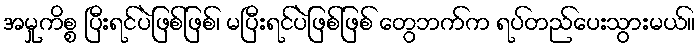
အမှုကိစ္စ ပြီးရင်ပဲဖြစ်ဖြစ်၊ မပြီးရင်ပဲဖြစ်ဖြစ် တွေဘက်က ရပ်တည်ပေးသွားမယ်။